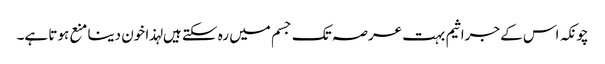
چونکہ اس کے جراثیم بہت عرصہ تک جسم میں رہ سکتے ہیں لہذا خون دینا منع ہوتا ہے۔